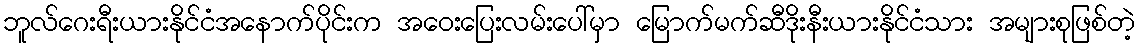
ဘူလ်ဂေးရီးယားနိုင်ငံအနောက်ပိုင်းက အဝေးပြေးလမ်းပေါ်မှာ မြောက်မက်ဆီဒိုးနီးယားနိုင်ငံသား အများစုဖြစ်တဲ့